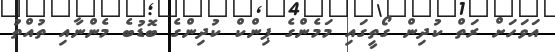
އަވަހަށް ރަތް ކުދިން ގޯތީގައި މަމެންގެ ޕިންކް ކުދިންގެ ބޮޑުބެ މެންނާއި ތުއްތު